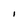
Character: i